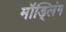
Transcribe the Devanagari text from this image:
मॉड्लिंग